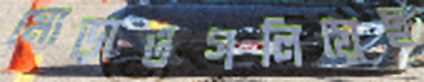
মোড়াওগলিয়েছ